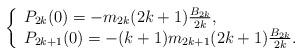
LaTeX: \begin{align*}\left\{ \begin{array}{l}P_{2k}(0)=-m_{2k}(2k+1)\frac{B_{2k}}{2k}, \\ P_{2k+1}(0)=-(k+1)m_{2k+1}(2k+1)\frac{B_{2k}}{2k}.\end{array}\right. \end{align*}